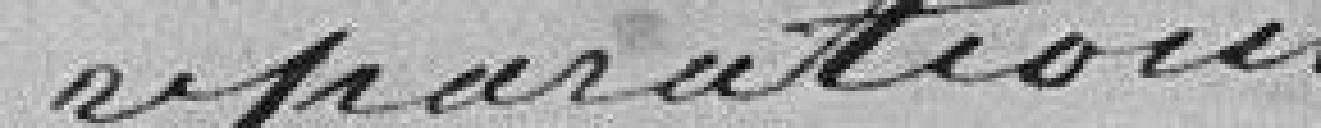
pour réparation